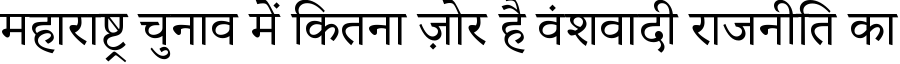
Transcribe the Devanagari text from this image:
महाराष्ट्र चुनाव में कितना ज़ोर है वंशवादी राजनीति का